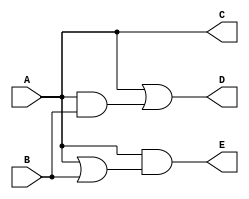
`timescale 1ns / 1ps
//////////////////////////////////////////////////////////////////////////////////
// Company: 
// Engineer: 
// 
// Design Name: 
// Module Name: Lab3
// Project Name: 
// Target Devices: 
// Tool Versions: 
// Description: 
// 
// Dependencies: 
// 
// Revision:
// Revision 0.01 - File Created
// Additional Comments:
// 
//////////////////////////////////////////////////////////////////////////////////


module Lab3(
    input A,
    input B,
    output C,
    output D,
    output E
    );
    assign C = A;
    assign D = A|(A&B);
    assign E = A&(A|B);
endmodule